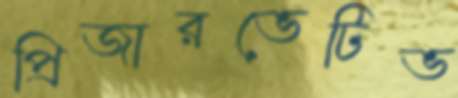
প্রিজারভেটিভ